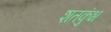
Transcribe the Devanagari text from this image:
शतकुंभ